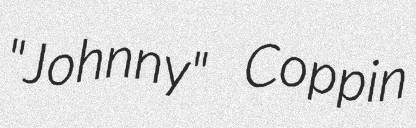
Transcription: "Johnny" Coppin